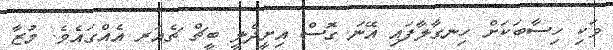
ވަކި ހިސާބަކަށް ހިނގާލާފައި އޭނަ ގޮސް އިށީދެލީ ބީޗް ޗެއަރ އެއްގައެވެ. މުޒާ